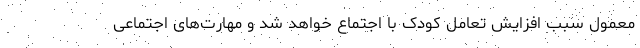
معمول سبب افزایش تعامل کودک با اجتماع خواهد شد و مهارت‌های اجتماعی